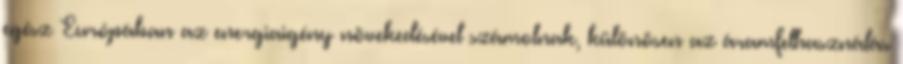
egész Európában az energiaigény növekedésével számolnak, különösen az áramfelhasználás